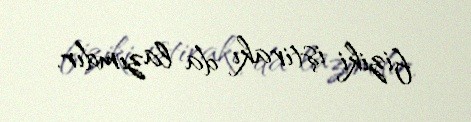
fiziki iştirakı da lazımdır.